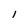
Character: 1